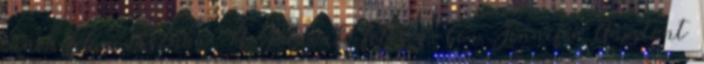
tűnik fel a vásznon. A Jóravaló feleség-ben Jennifer Anistont